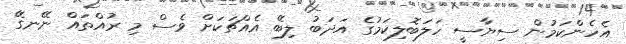
އެހެންކަމުން ސިޔާސީ ހަލަބޮލިކަމުގެ އަދަބު ލިބޭ އެއްޗަކަށް ވެސް މި ރުއްތައް ނޭނގޭ